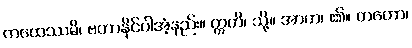
ကထေဿမိ၊ ဗဟာနိုင်ပါအံ့နည်း။ ဣတိ၊ သို့။ အာဟ၊ ၏။ တတော၊